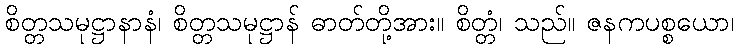
စိတ္တသမုဋ္ဌာနာနံ၊ စိတ္တသမုဋ္ဌာန် ဓာတ်တို့အား။ စိတ္တံ၊ သည်။ ဇနကပစ္စယော၊